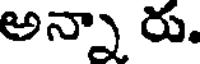
అన్నా రు.